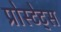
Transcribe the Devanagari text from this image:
प्रोस्टेट्स